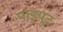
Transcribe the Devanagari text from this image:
पाइयूट